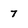
Character: 7